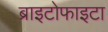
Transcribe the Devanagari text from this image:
ब्राइटोफाइटा